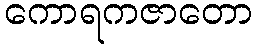
ကောရကဇာတော